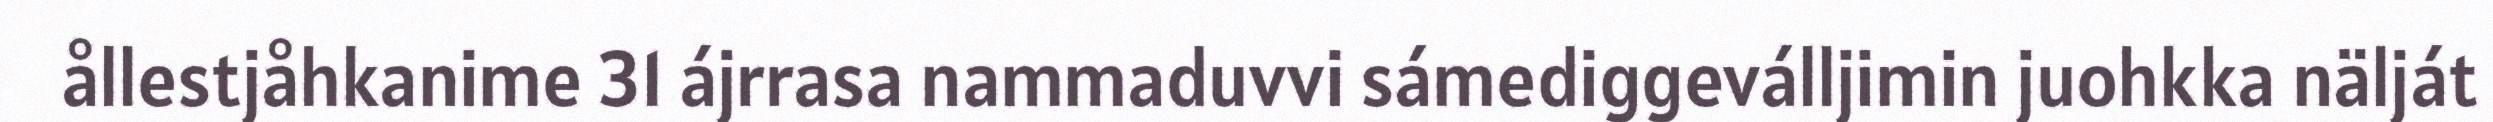
ållestjåhkanime 31 ájrrasa nammaduvvi sámediggeválljimin juohkka nälját